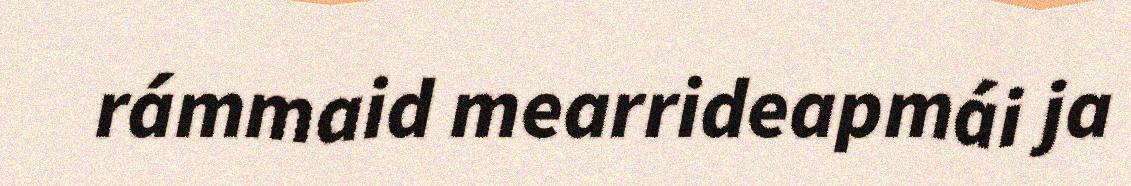
rámmaid mearrideapmái ja